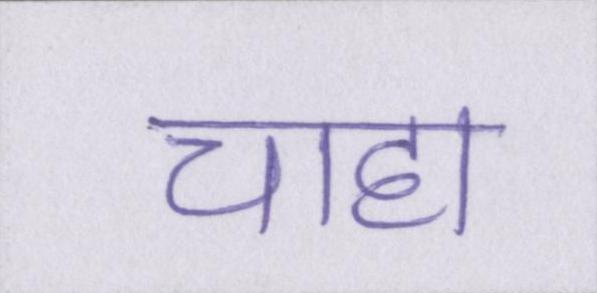
चाहा